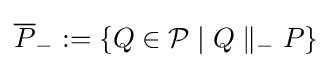
{\overline {P}}_{-}:=\left\{Q\in {\mathcal {P}}\mid Q\parallel _{-}P\right\}